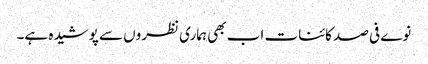
نوے فی صد کائنات اب بھی ہماری نظروں سے پوشیدہ ہے۔